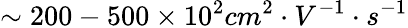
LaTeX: \sim 200-500\times 10^{2}cm^{2}\cdot V^{-1}\cdot s^{-1}